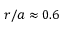
r / a \approx 0 . 6